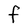
Character: F